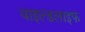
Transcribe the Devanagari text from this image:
वाइल्‍डलाइफ